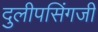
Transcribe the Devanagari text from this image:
दुलीपसिंगजी